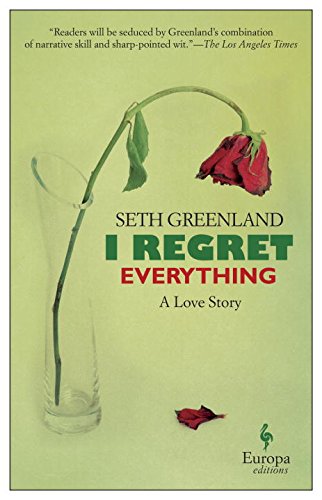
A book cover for I Regret Everything: A Love Story; Seth Greenland; Humor & Entertainment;